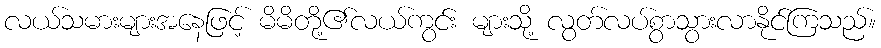
လယ်သမားများအနေဖြင့် မိမိတို့၏လယ်ကွင်း များသို့ လွတ်လပ်စွာသွားလာနိုင်ကြသည်။